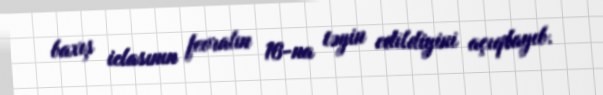
baxış iclasının fevralın 16-na təyin edildiyini açıqlayıb.